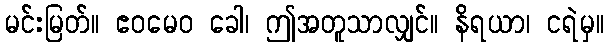
မင်းမြတ်။ ဧဝမေဝ ခေါ၊ ဤအတူသာလျှင်။ နိရယာ၊ ငရဲမှ။